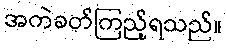
အကဲခတ်ကြည့်ရသည်။